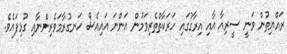
ރައްޔިތުން ވަނީ ސީރިއާ އާއި އިރާގުގައި ހަރަކާތްތެރިވަމުން އަންނަ އައިއެސް ހަނގުރާމަވެރިންނާއި ގުޅިފައެވެ.